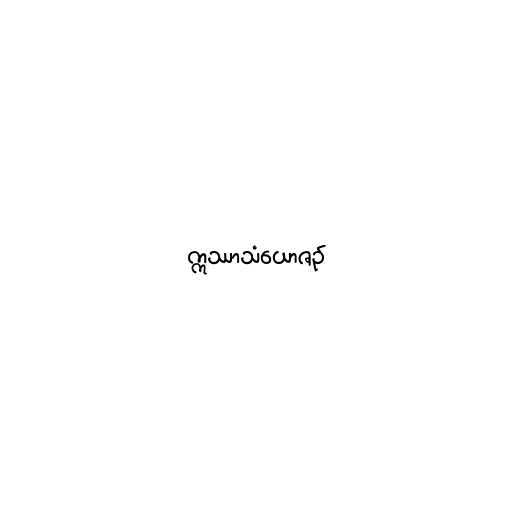
ဣဿာသံယောဇဉ်